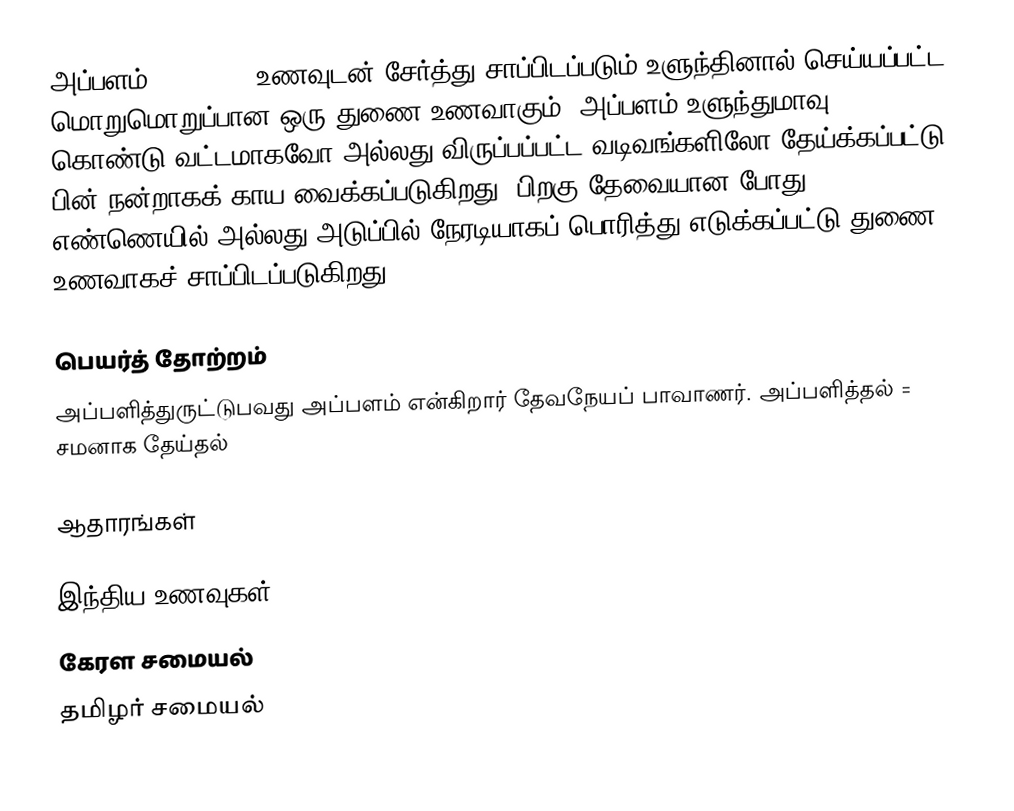
அப்பளம் (Papadum) உணவுடன் சேர்த்து சாப்பிடப்படும் உளுந்தினால் செய்யப்பட்ட மொறுமொறுப்பான ஒரு துணை உணவாகும். அப்பளம் உளுந்துமாவு கொண்டு வட்டமாகவோ அல்லது விருப்பப்பட்ட வடிவங்களிலோ தேய்க்கப்பட்டு பின் நன்றாகக் காய வைக்கப்படுகிறது. பிறகு தேவையான போது எண்ணெயில் அல்லது அடுப்பில் நேரடியாகப் பொரித்து எடுக்கப்பட்டு துணை உணவாகச் சாப்பிடப்படுகிறது.

பெயர்த் தோற்றம்
அப்பளித்துருட்டுபவது அப்பளம் என்கிறார் தேவநேயப் பாவாணர். அப்பளித்தல் = சமனாக தேய்தல்

ஆதாரங்கள்

இந்திய உணவுகள்
கேரள சமையல்
தமிழர் சமையல்